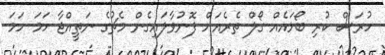
ހުރަސް ކުރި ބޯޅައެއް ގޯލް ތެރެއަށް ފޮނުވާލައިގެން މެޗުގެ ނަތީއްޖާ ހަމަ ހަމަ